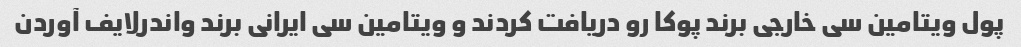
پول ویتامین سی خارجی برند پوکا رو دریافت کردند و ویتامین سی ایرانی برند واندرلایف آوردن